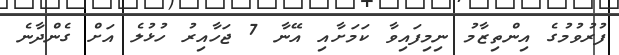
ފުރުވުމުގެ އިންތިޒާމު ނިމިފައިވާ ކަމަށާއި އޭނާ 7 ޖަހާއިރު ހުޅުލެ އަށް ގެންދާނެ